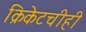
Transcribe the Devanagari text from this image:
क्रिकेटचीही